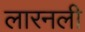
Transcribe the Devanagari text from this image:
लारनली